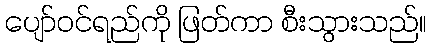
ပျော်ဝင်ရည်ကို ဖြတ်ကာ စီးသွားသည်။